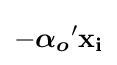
-{\boldsymbol {\alpha _{o}}}'\mathbf {x_{i}}